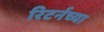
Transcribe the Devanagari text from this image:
रिटर्नच्या